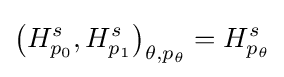
\left(H_{p_{0}}^{s},H_{p_{1}}^{s}\right)_{\theta ,p_{\theta }}=H_{p_{\theta }}^{s}